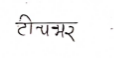
मजकूर: टीचभर